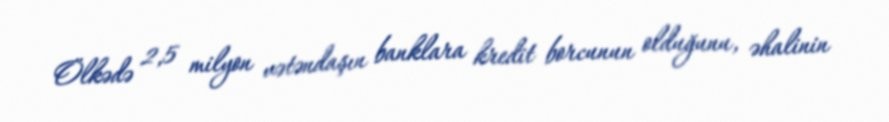
Ölkədə 2,5 milyon vətəndaşın banklara kredit borcunun olduğunu, əhalinin